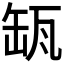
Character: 𦈪